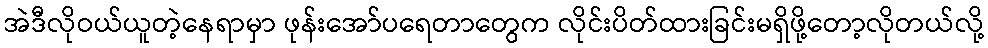
အဲဒီလိုဝယ်ယူတဲ့နေရာမှာ ဖုန်းအော်ပရေတာတွေက လိုင်းပိတ်ထားခြင်းမရှိဖို့တော့လိုတယ်လို့